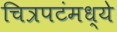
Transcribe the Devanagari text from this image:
चित्रपटंमध्ये